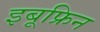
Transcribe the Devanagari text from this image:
इबूफ्रिन